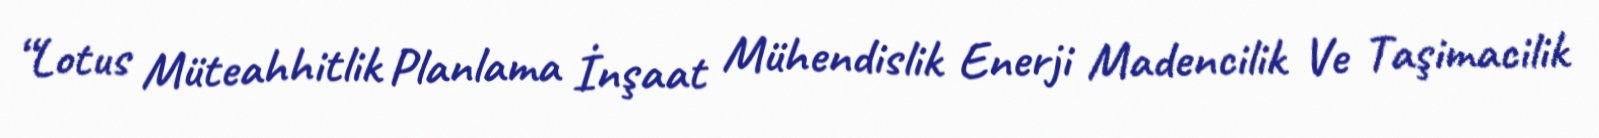
“Lotus Müteahhitlik Planlama İnşaat Mühendislik Enerji Madencilik Ve Taşimacilik